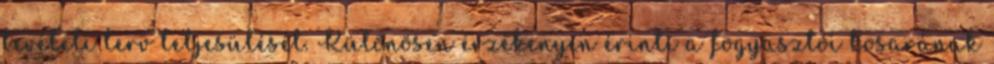
bevételi terv teljesülését. Különösen érzékenyen érinti a fogyasztói kosarának